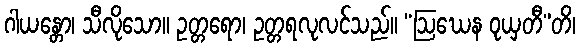
ဂါယန္တော၊ သီလိုသော။ ဥတ္တရော၊ ဥတ္တရလုလင်သည်။ “ဩဃေန ဝုယှတီ”တိ၊